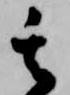
其